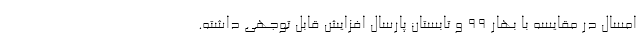
امسال در مقایسه با بهار ۹۹ و تابستان پارسال افزایش قابل توجهی داشته.